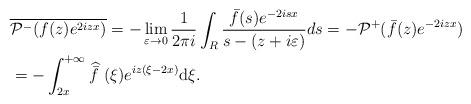
LaTeX: \begin{align*} & \overline{\mathcal{P}^- ( f(z) e^{ 2izx})} = -\lim_{\varepsilon \rightarrow 0}\frac{1}{2\pi i}\int_{R} \frac{ \bar{f}(s)e^{-2isx}}{s-(z+i\varepsilon)}ds = - \mathcal{P}^+ ( \bar f(z) e^{-2izx})\\ &=-\int_{2x}^{+\infty}\widehat{\bar{f}\ } (\xi)e^{iz(\xi-2x) } \mathrm{d}\xi. \end{align*}